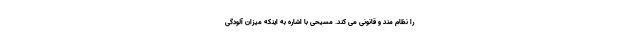
را نظام مند و قانونی می کند. مسیحی با اشاره به اینکه میزان آلودگی